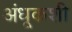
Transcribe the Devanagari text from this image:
अंधूकशी